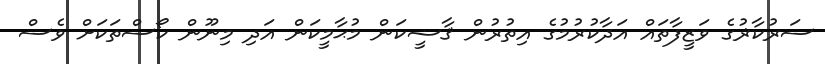
ސަރުކާޜުގެ ވަޒީފާތައް އަދާކުރުމުގެ އިތުރުން ޤާޟީކަން މުޙާމީކަން އަދި މިނޫން ކޯސްތަކަށް ވެސް